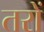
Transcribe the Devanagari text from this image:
तरों